Punjab Mental Hospital Lahore 1932-46 - 1932-1946
Year: 1932
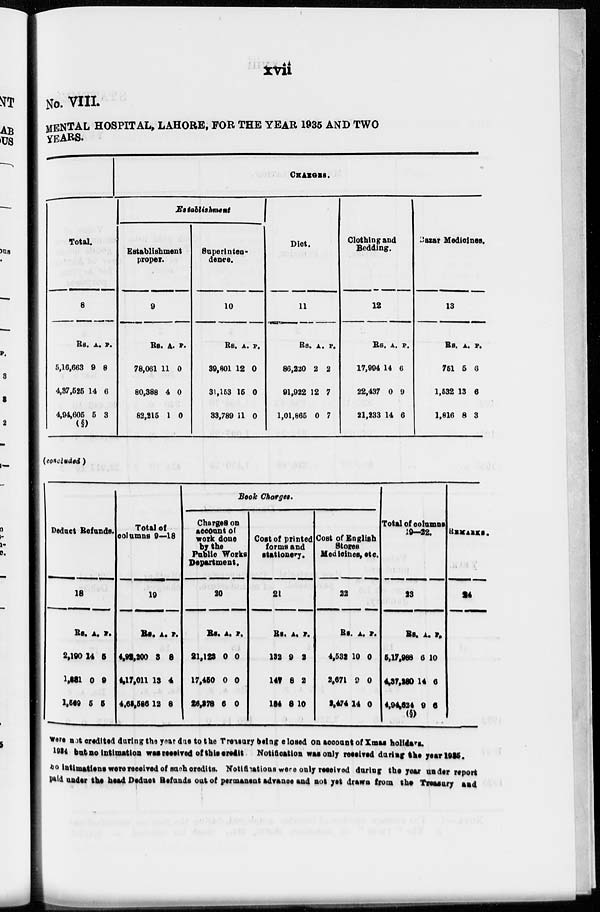
xvii
No. VIII.
MENTAL HOSPITAL, LAHORE, FOR THE YEAR 1935 AND TWO
YEARS.
Total.
8
Rs.
5,16,663
4,37,525
4,94,605
(§)
A.
9
14
5
P.
8
6
3
CHARGES.
Establishment
Establishment
proper.
9
Rs.
78,061
80,388
82,215
A.
11
4
1
P.
0
0
0
Superinten-
dence.
10
Rs
39,801
31,163
33,789
A
12
15
11
P.
0
0
0
Diet.
11
Rs.
86,220
91,922
1,01,865
A.
2
12
0
P.
2
7
7
Clothing and
Bedding.
12
Rs.
17,994
22,437
21,233
A.
14
0
14
P.
6
9
6
Bazar Medicines.
13
Rs.
761
1,532
1,816
A.
5
13
8
P.
6
6
3
(concluded )
Deduct Refunds.
18
Rs.
2,190
1,881
1,569
A.
14
0
5
P.
5
9
5
Total of
columns 9—18
19
Rs.
4,93,200
4,17,011
4,65,586
A.
3
13
12
P.
8
4
8
Book Charges.
Charges on
account of
work done
by the
Public Works
Department.
20
Rs.
21,123
17,450
26,378
A.
0
0
6
P.
0
0
0
Cost of printed
forms and
stationery.
21
Rs.
132
147
184
A
9
8
8
P.
2
2
10
Cost of English
Stores
Medicines, etc.
22
Rs.
4,532
2,671
2,474
A.
10
9
14
P.
0
0
0
Total of columns
19-22.
23
Rs.
5,17,988
4,37,280
4,94,624
(§)
A.
6
14
9
P.
10
6
6
REMARKS.
24
were not credited during the year due to the Treasury being closed on account of Xmas holidays.
1934 but no intimation was received of this credit
Notification was only received during the year 1935.
no intimations were received of such credits. Notifications were only received during the year under report
paid under the head Deduct Refunds out of permanent advance and not yet drawn from the Treasury and